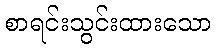
စာရင်းသွင်းထားသော